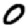
Digit: 0